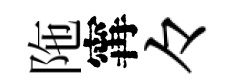
陁𡩋々